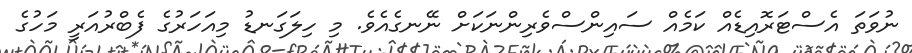
ނުވަތަ އެސްޓަރޮއިޑެއް ކަމެއް ސައިންސްވެރިންނަކަށް ނޭނގެއެވެ. މި ހިލަގަނޑު މިއަހަރުގެ ފެބްރުއަރީ މަހުގެ